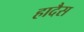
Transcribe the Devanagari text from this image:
हादैस